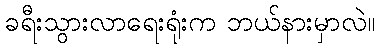
ခရီးသွားလာရေးရုံးက ဘယ်နားမှာလဲ။